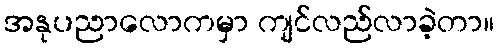
အနုပညာလောကမှာ ကျင်လည်လာခဲ့တာ။